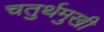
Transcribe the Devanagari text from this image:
चतुर्थमुखी